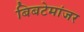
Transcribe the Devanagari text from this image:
बिबटेमांजर